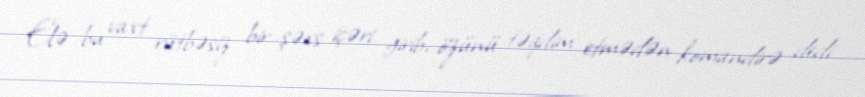
Elə bu vaxt rütbəsiz bir şəxs içəri girib, özünü təqdim etmədən komandirə dedi